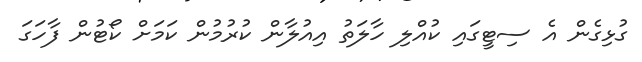
ގުޅިގެން އެ ސިޓީގައި ކުއްލި ހާލަތު އިއުލާން ކުރުމުން ކަމަށް ކޯޓުން ފާހަގަ